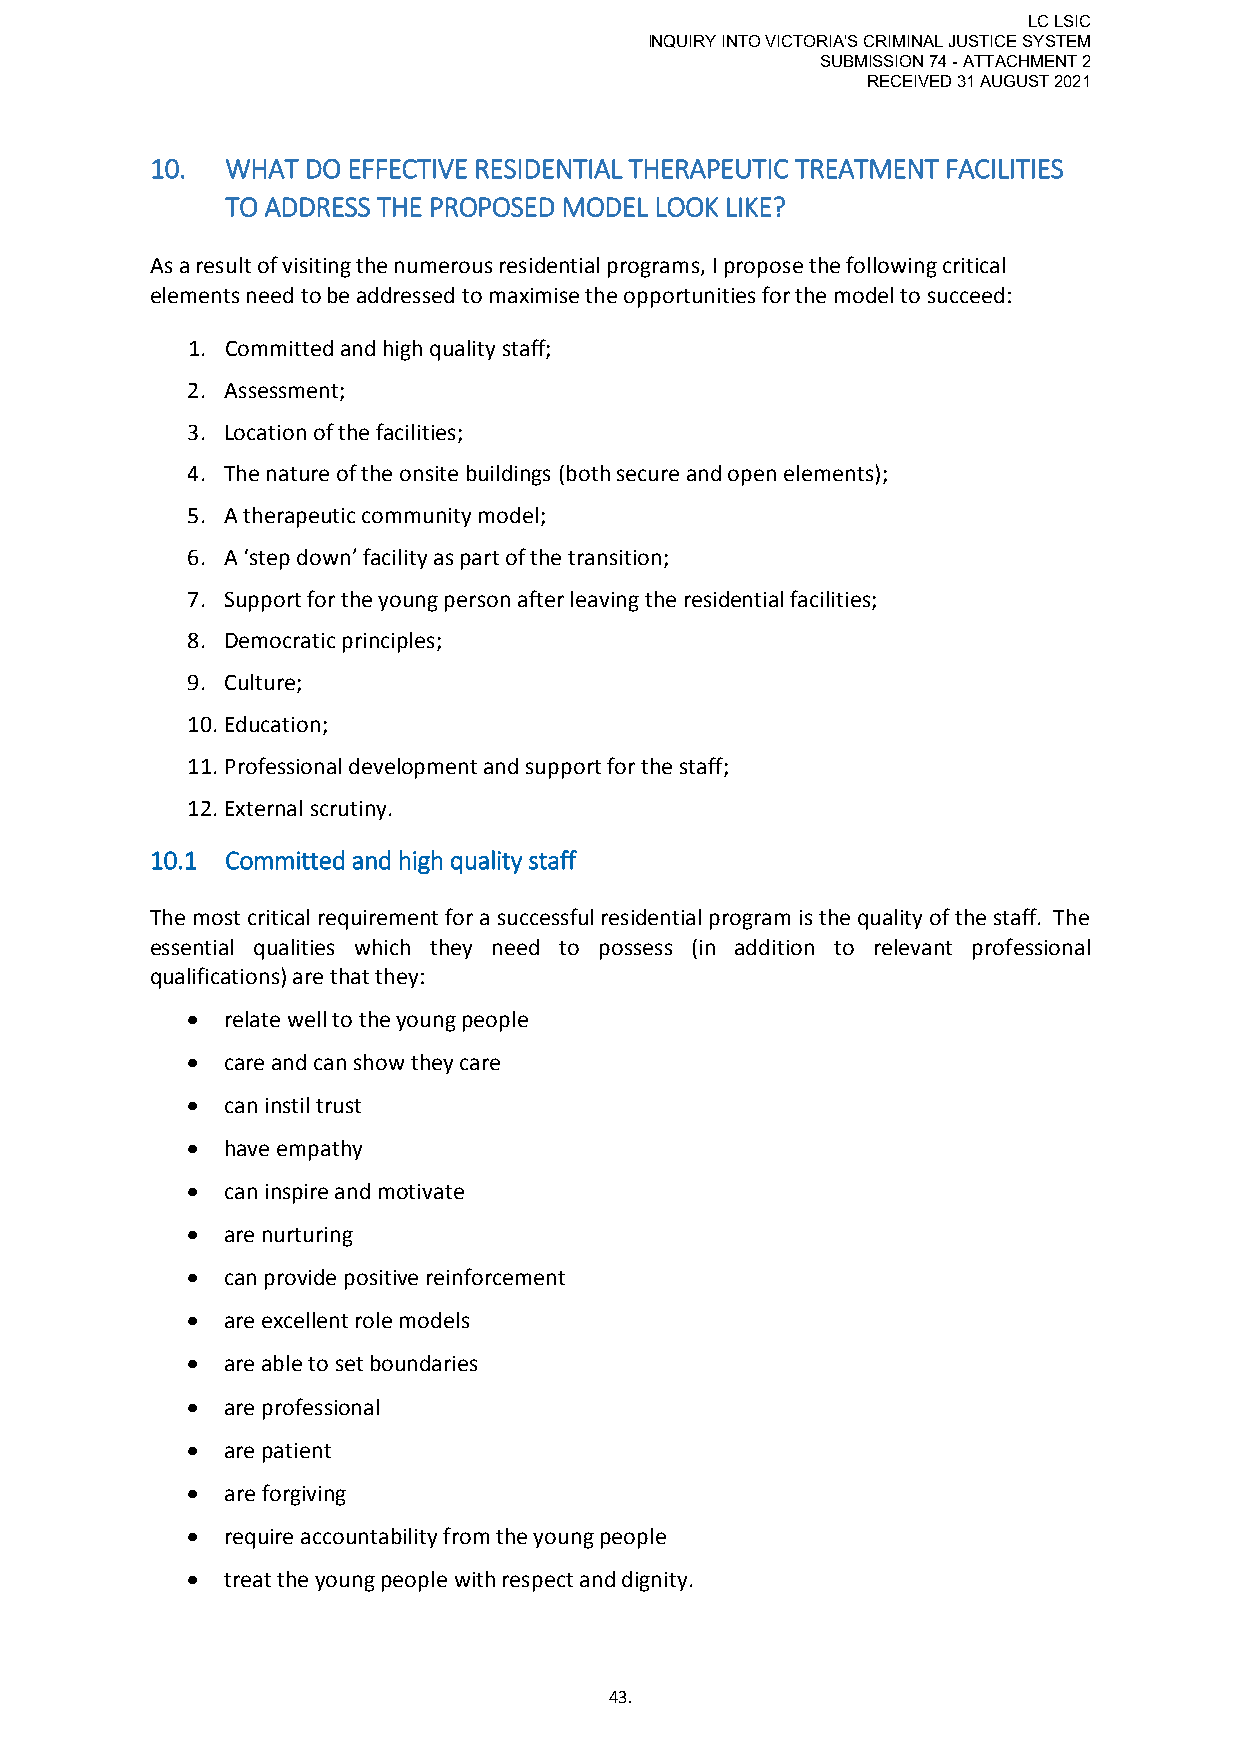
LC LSIC
 INQUIRY INTO VICTORIA'S CRIMINAL JUSTICE SYSTEM
 SUBMISSION 74 - ATTACHMENT 2
 RECEIVED 31 AUGUST 2021
 10.  WHAT DO EFFECTIVE RESIDENTIAL THERAPEUTIC TREATMENT FACILITIES
 TO ADDRESS THE PROPOSED MODEL LOOK LIKE?
 As a result of visiting the numerous residential programs, I propose the following critical
 elements need to be addressed to maximise the opportunities for the model to succeed:
 1. Committed and high quality staff;
 2. Assessment;
 3. Location of the facilities;
 4. The nature of the onsite buildings (both secure and open elements);
 5. A therapeutic community model;
 6. A ‘step down’ facility as part of the transition;
 7. Support for the young person after leaving the residential facilities;
 8. Democratic principles;
 9. Culture;
 10. Education;
 11. Professional development and support for the staff;
 12. External scrutiny.
 10.1 Committed and high quality staff
 The most critical requirement for a successful residential program is the quality of the staff. The
 essential qualities which they need to possess (in addition to relevant professional
 qualifications) are that they:
   relate well to the young people
   care and can show they care
   can instil trust
   have empathy
   can inspire and motivate
   are nurturing
   can provide positive reinforcement
   are excellent role models
   are able to set boundaries
   are professional
   are patient
   are forgiving
   require accountability from the young people
   treat the young people with respect and dignity.
 43.